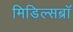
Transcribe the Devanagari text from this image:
मिडिल्सब्रॉ